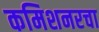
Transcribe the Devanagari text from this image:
कमिशनरचा